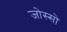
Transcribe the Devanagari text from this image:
जोस्सो